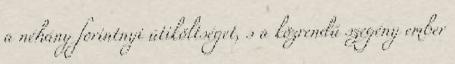
a néhány forintnyi útiköltséget, s a közrendű szegény ember